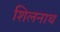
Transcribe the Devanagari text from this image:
शिलनाथ